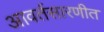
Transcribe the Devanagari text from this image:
आवर्तसारणीत